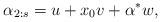
LaTeX: \begin{align*}\alpha_{2:s} =u + x_0v + \alpha^*w,\end{align*}